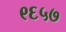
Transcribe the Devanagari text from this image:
९६५७